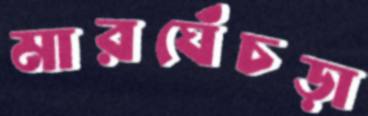
মারঘেঁচড়া